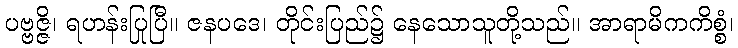
ပဗ္ဗဇ္ဇိ၊ ရဟန်းပြုပြီ။ ဇနပဒေ၊ တိုင်းပြည်၌ နေသောသူတို့သည်။ အာရာမိကကိစ္စံ၊